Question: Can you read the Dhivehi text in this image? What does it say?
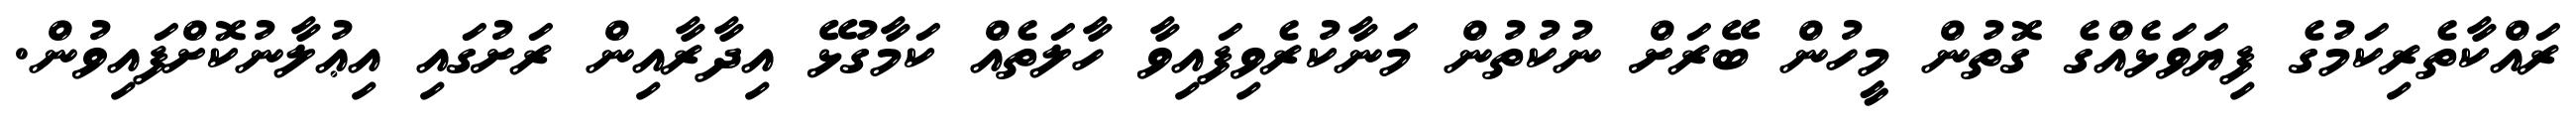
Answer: ރައްކާތެރިކަމުގެ ފިޔަވަޅެއްގެ ގޮތުން މީހުން ބޭރަށް ނުކުތުން މަނާކުރެވިފައިވާ ހާލަތެއް ކަމާގުޅޭ އިދާރާއިން ރަށުގައި އިޢުލާނުކޮށްފައިވުން.